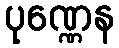
ပုဏ္ဏေန